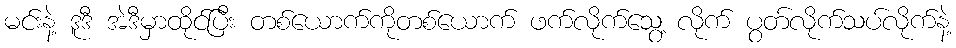
မင်းနဲ့ ဒူဒီ အဲဒီမှာထိုင်ပြီး တစ်ယောက်ကိုတစ်ယောက် ဖက်လိုက်သွေ့ လိုက် ပွတ်လိုက်သပ်လိုက်နဲ့